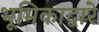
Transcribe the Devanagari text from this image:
भूमिकाद्वारे